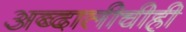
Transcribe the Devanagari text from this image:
अब्दालीचीही